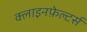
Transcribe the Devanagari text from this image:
क्लाइनफ़ेल्टर्स